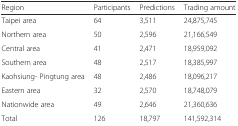
<table><thead><tr><td><b>Region</b></td><td><b>Participants</b></td><td><b>Predictions</b></td><td><b>Trading amount</b></td></tr></thead><tbody><tr><td>Taipei area</td><td>64</td><td>3,511</td><td>24,875,745</td></tr><tr><td>Northern area</td><td>50</td><td>2,596</td><td>21,166,549</td></tr><tr><td>Central area</td><td>41</td><td>2,471</td><td>18,959,092</td></tr><tr><td>Southern area</td><td>48</td><td>2,517</td><td>18,385,997</td></tr><tr><td>Kaohsiung- Pingtung area</td><td>48</td><td>2,486</td><td>18,096,217</td></tr><tr><td>Eastern area</td><td>32</td><td>2,570</td><td>18,748,079</td></tr><tr><td>Nationwide area</td><td>49</td><td>2,646</td><td>21,360,636</td></tr><tr><td>Total</td><td>126</td><td>18,797</td><td>141,592,314</td></tr></tbody></table>